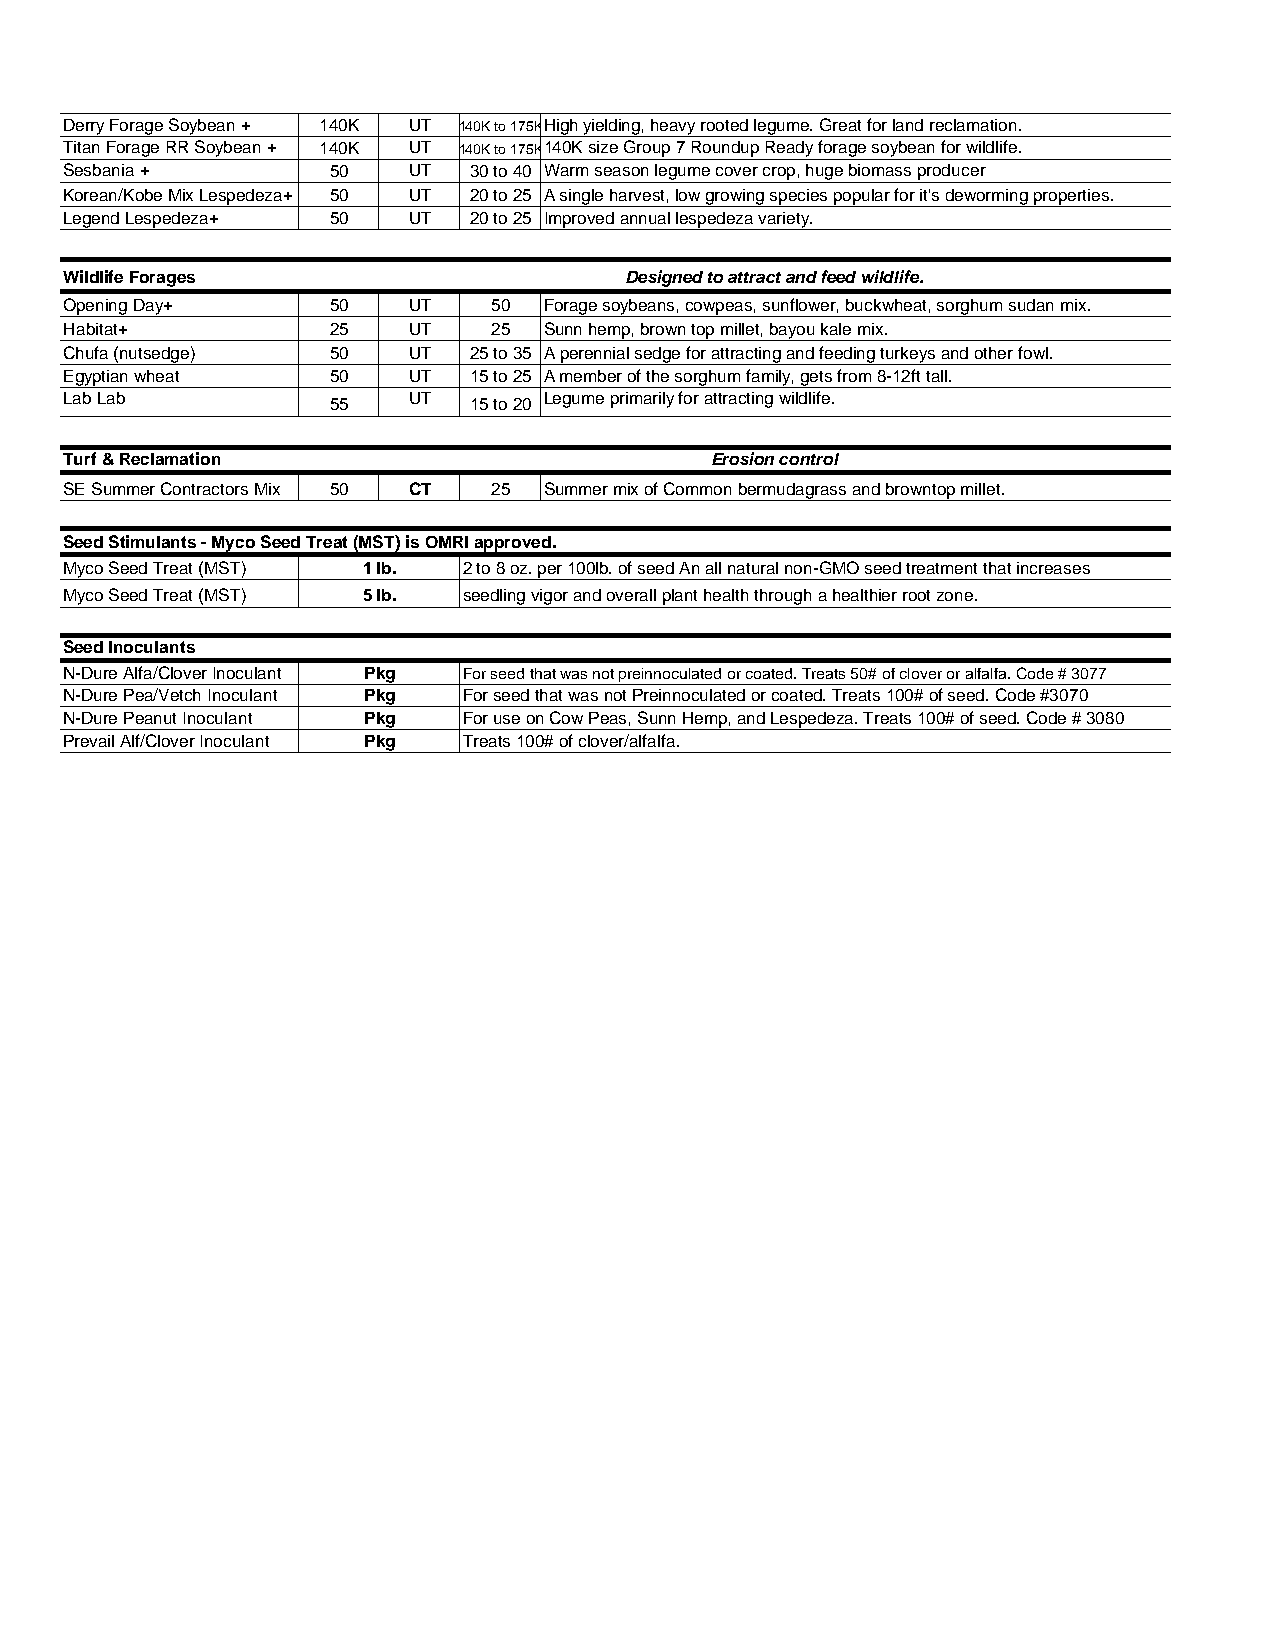
Derry Forage Soybean + 140K UT 140K to 175KHigh yielding, heavy rooted legume. Great for land reclamation.
 Titan Forage RR Soybean + 140K UT 140K to 175K140K size Group 7 Roundup Ready forage soybean for wildlife.
 Sesbania +        50   UT  30 to 40 Warm season legume cover crop, huge biomass producer
 Korean/Kobe Mix Lespedeza+ 50 UT 20 to 25 A single harvest, low growing species popular for it's deworming properties.
 Legend Lespedeza+ 50   UT  20 to 25 Improved annual lespedeza variety.
 Wildlife Forages                     Designed to attract and feed wildlife.
 Opening Day+      50   UT    50 Forage soybeans, cowpeas, sunflower, buckwheat, sorghum sudan mix.
 Habitat+          25   UT    25 Sunn hemp, brown top millet, bayou kale mix.
 Chufa (nutsedge)  50   UT  25 to 35 A perennial sedge for attracting and feeding turkeys and other fowl.
 Egyptian wheat    50   UT  15 to 25 A member of the sorghum family, gets from 8-12ft tall.
 Lab Lab           55   UT  15 to 20 Legume primarily for attracting wildlife.
 Turf & Reclamation                         Erosion control
 SE Summer Contractors Mix 50 CT 25 Summer mix of Common bermudagrass and browntop millet.
 Seed Stimulants - Myco Seed Treat (MST) is OMRI approved.
 Myco Seed Treat (MST) 1 lb. 2 to 8 oz. per 100lb. of seed An all natural non-GMO seed treatment that increases
 Myco Seed Treat (MST) 5 lb. seedling vigor and overall plant health through a healthier root zone.
 Seed Inoculants
 N-Dure Alfa/Clover Inoculant Pkg For seed that was not preinnoculated or coated. Treats 50# of clover or alfalfa. Code # 3077
 N-Dure Pea/Vetch Inoculant Pkg For seed that was not Preinnoculated or coated. Treats 100# of seed. Code #3070
 N-Dure Peanut Inoculant Pkg For use on Cow Peas, Sunn Hemp, and Lespedeza. Treats 100# of seed. Code # 3080
 Prevail Alf/Clover Inoculant Pkg Treats 100# of clover/alfalfa.